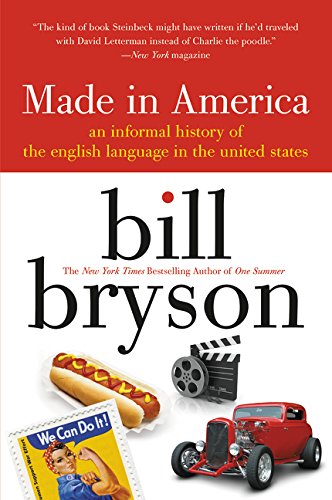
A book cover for Made in America: An Informal History of the English Language in the United States; Bill Bryson; Humor & Entertainment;